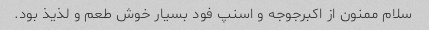
سلام ممنون از اکبرجوجه و اسنپ فود بسیار خوش طعم و لذیذ بود.